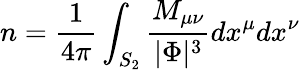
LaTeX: n={\frac{1}{4\pi}}\int_{S_{2}}{\frac{M_{\mu\nu}}{|\Phi|^{3}}}dx^{\mu}dx^{\nu}